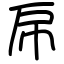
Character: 帍